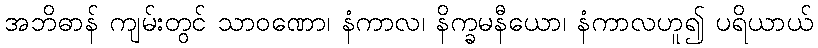
အဘိဓာန် ကျမ်းတွင် သာဝဏော၊ နံကာလ၊ နိက္ခမနီယော၊ နံကာလဟူ၍ ပရိယာယ်